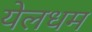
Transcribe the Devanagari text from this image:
येलधम